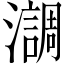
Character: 𤂂